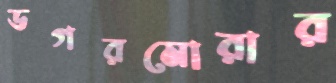
ডগরমোরার